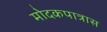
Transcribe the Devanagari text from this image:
मोदकपात्रास